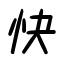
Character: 快